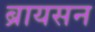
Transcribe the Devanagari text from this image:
ब्रायसन